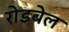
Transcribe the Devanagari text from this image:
रोडबेल